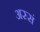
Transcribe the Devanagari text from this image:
अस्सं